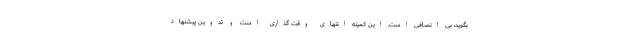
بگوید، بی انصافی است. این کمیته انتهای وقت گذاری است و تدوین پیشنهاد